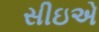
સીઇએ